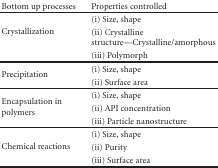
| Bottom up processes | Properties controlled |
 | --- | --- |
 | <ROWSPAN=3> Crystallization | (i) Size, shape |
 | (ii) Crystalline structure—Crystalline/amorphous |
 | (iii) Polymorph |
 | <ROWSPAN=2> Precipitation | (i) Size, shape |
 | (ii) Surface area |
 | <ROWSPAN=3> Encapsulation in polymers | (i) Size, shape |
 | (ii) API concentration |
 | (iii) Particle nanostructure |
 | <ROWSPAN=3> Chemical reactions | (i) Size, shape |
 | (ii) Purity |
 | (iii) Surface area |